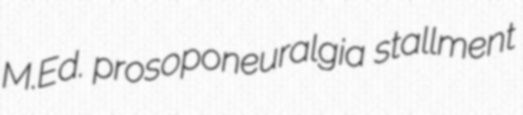
M.Ed. prosoponeuralgia stallment